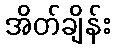
အိတ်ချိန်း